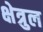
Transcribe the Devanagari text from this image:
क्षेत्रुल